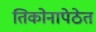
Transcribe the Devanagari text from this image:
तिकोनापेठेत